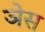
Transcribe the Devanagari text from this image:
ञेस